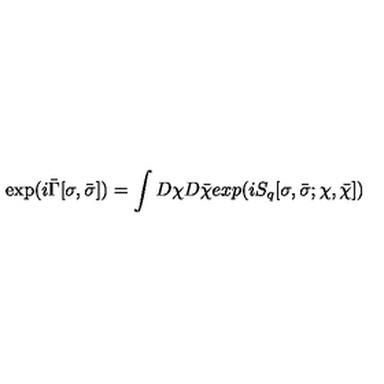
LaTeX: \exp ( i \bar { \Gamma } [ \sigma , \bar { \sigma } ] ) = \int D \chi D \bar { \chi } e x p ( i S _ { q } [ \sigma , \bar { \sigma } ; \chi , \bar { \chi } ] )